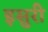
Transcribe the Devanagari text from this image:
इसुरी